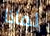
لماذا